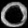
Digit: ၀